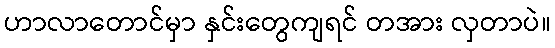
ဟာလာတောင်မှာ နှင်းတွေကျရင် တအား လှတာပဲ။